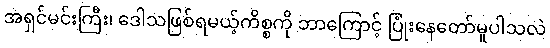
အရှင်မင်းကြီး၊ ဒေါသဖြစ်ရမယ့်ကိစ္စကို ဘာကြောင့် ပြုံးနေတော်မူပါသလဲ